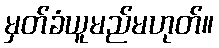
မှတ်ခံယူမည်မဟုတ်။